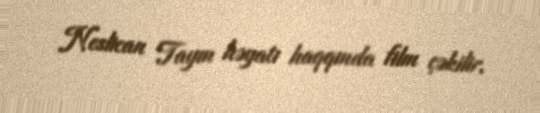
Neslican Tayın həyatı haqqında film çəkilir.